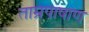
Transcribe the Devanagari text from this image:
ताम्रपाषाण